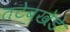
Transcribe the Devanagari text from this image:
तंटेबखेडे